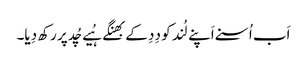
اَب اُسنے اَپنے لُند کو دِدِ کے بھِنگے ہُیے چُد پر رکھ دِیا۔